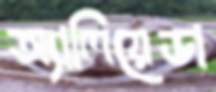
অ্যালিয়েডা